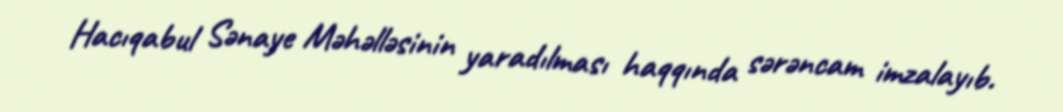
Hacıqabul Sənaye Məhəlləsinin yaradılması haqqında sərəncam imzalayıb.